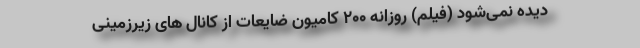
دیده نمی‌شود (فیلم) روزانه 200 کامیون ضایعات از کانال های زیرزمینی